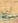
لن